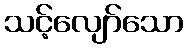
သင့်လျော်သော